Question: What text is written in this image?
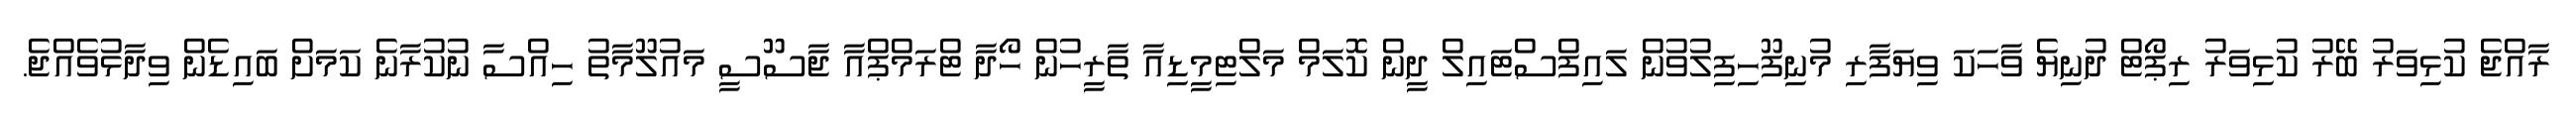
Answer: ރާއްޖެ ކުޅިވަރު ބޭރު ކުޅިވަރު ރިޕޯޓް ދުނިޔެ ވާހަކަ ވިޔަފާރި މުނިފޫހިފިލުވުން ލައިފްސްޓައިލް ދީން ކޮލަމް މަލްޓިމީޑިއާ ތާރީހުން ހޯދާ ޓްރަމްޕްއާ ޖާސޫސީ މައުލޫމާތު ހިއްސާ ނުކުރާނެ ކަމަށް ބައިޑެން ވިދާޅުވެއްޖެ.